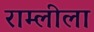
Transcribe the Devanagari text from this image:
राम्लीला